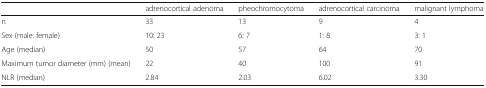
<table><thead><tr><td></td><td><b>adrenocortical adenoma</b></td><td><b>pheochromocytoma</b></td><td><b>adrenocortical carcinoma</b></td><td><b>malignant lymphoma</b></td></tr></thead><tbody><tr><td>n</td><td>33</td><td>13</td><td>9</td><td>4</td></tr><tr><td>Sex (male: female)</td><td>10: 23</td><td>6: 7</td><td>1: 8</td><td>3: 1</td></tr><tr><td>Age (median)</td><td>50</td><td>57</td><td>64</td><td>70</td></tr><tr><td>Maximum tumor diameter (mm) (mean)</td><td>22</td><td>40</td><td>100</td><td>91</td></tr><tr><td>NLR (median)</td><td>2.84</td><td>2.03</td><td>6.02</td><td>3.30</td></tr></tbody></table>